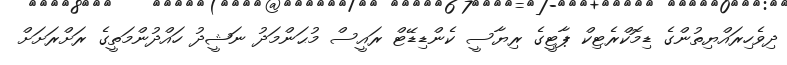
ދިވެހިރައްޔިތުންގެ ޑިމޮކްރެޓިކް ޕާޓީގެ ރިޔާސީ ކެންޑިޑޭޓް ރައީސް މުޙަންމަދު ނަޝީދު ހައްދުންމަތީގެ ރަށްރަށަށް